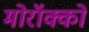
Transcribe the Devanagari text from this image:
मोरॉक्को